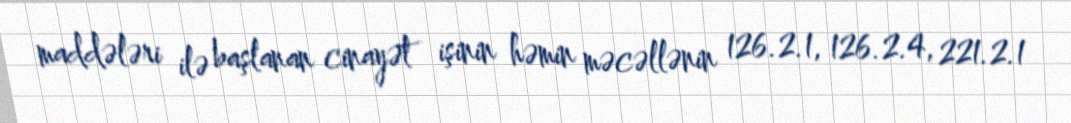
maddələri ilə başlanan cinayət işinin həmin məcəllənin 126.2.1, 126.2.4, 221.2.1